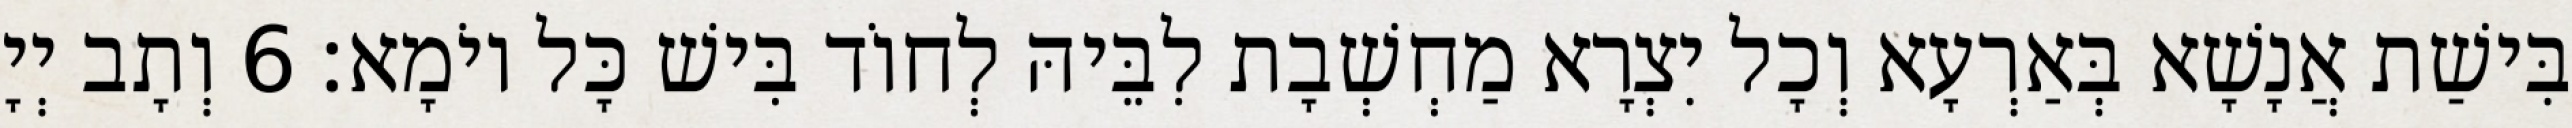
בִּישַׁת אֲנָשָׁא בְּאַרְעָא וְכָל יִצְרָא מַחְשְׁבָת לִבֵּיהּ לְחוֹד בִּישׁ כָּל יוֹמָא׃ 6 וְתָב יְיָ